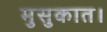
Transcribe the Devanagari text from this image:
मुसुकात।